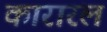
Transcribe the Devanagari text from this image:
कारारल